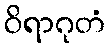
ဝိရာဂုတံ